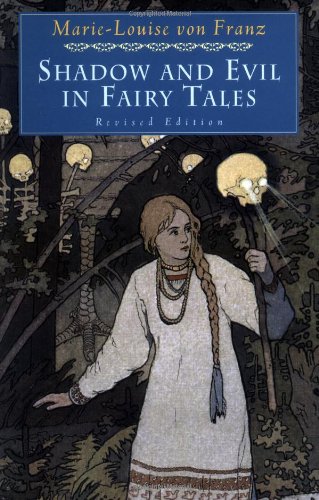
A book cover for Shadow and Evil in Fairy Tales (A C.G. Jung Foundation Book); Marie-Louise von Franz; Literature & Fiction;